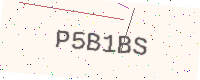
Text: P5B1BS